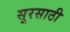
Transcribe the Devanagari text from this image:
सूरसाठी